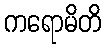
ကရောမိတိ